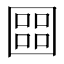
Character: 𡈨